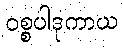
ဝစ္စပါဒုကာယ